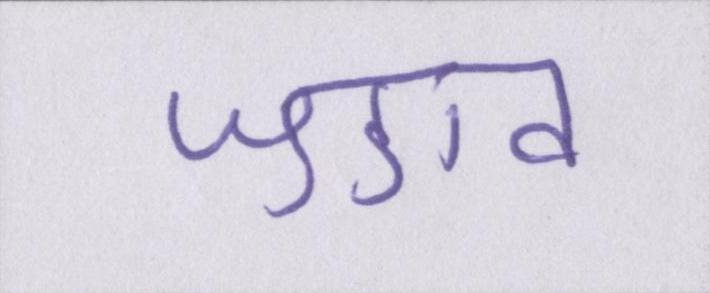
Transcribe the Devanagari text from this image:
जुडाव